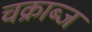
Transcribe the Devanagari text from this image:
चक्राब्ज